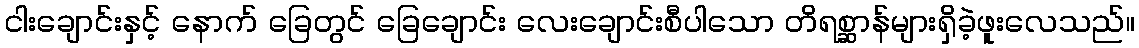
ငါးချောင်းနှင့် နောက် ခြေတွင် ခြေချောင်း လေးချောင်းစီပါသော တိရစ္ဆာန်များရှိခဲ့ဖူးလေသည်။